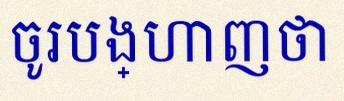
ចូរបង្ហាញថា